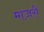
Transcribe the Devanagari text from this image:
माज़री